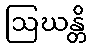
ဩဃန္တိ